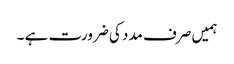
ہمیں صرف مدد کی ضرورت ہے ۔